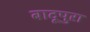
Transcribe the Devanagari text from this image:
बादूपुरा